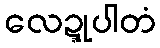
လေဍ္ဍုပါတံ